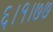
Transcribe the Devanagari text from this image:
६।१।७७